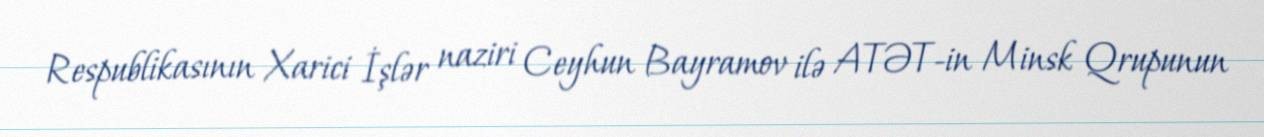
Respublikasının Xarici İşlər naziri Ceyhun Bayramov ilə ATƏT-in Minsk Qrupunun